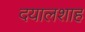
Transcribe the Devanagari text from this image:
दयालशाह